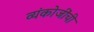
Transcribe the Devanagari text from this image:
व्यंकोजींची